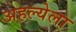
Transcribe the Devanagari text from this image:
अहल्येला